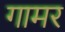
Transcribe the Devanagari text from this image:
गामर